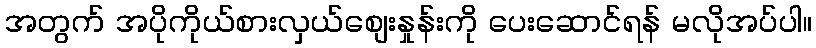
အတွက် အပိုကိုယ်စားလှယ်စျေးနှုန်းကို ပေးဆောင်ရန် မလိုအပ်ပါ။